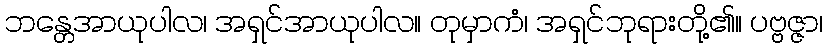
ဘန္တေအာယုပါလ၊ အရှင်အာယုပါလ။ တုမှာကံ၊ အရှင်ဘုရားတို့၏။ ပဗ္ဗဇ္ဇာ၊